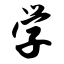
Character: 学